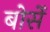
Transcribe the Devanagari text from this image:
बोर्से